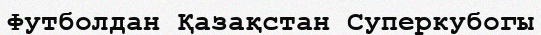
Футболдан Қазақстан Суперкубогы